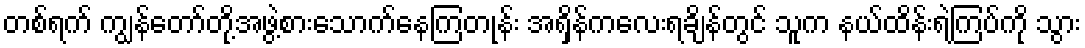
တစ်ရက် ကျွန်တော်တို့အဖွဲ့စားသောက်နေကြတုန်း အရှိန်ကလေးရချိန်တွင် သူက နယ်ထိန်းရဲကြပ်ကို သွား